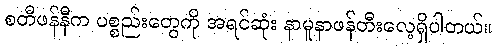
စတီဖန်နီက ပစ္စည်းတွေကို အရင်ဆုံး နာမူနာဖန်တီးလေ့ရှိပါတယ်။